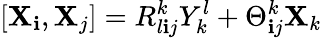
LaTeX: [\mathbf{X}_{\mathbf{i}},\mathbf{X}_{j}]=R_{l\mathbf{i}j}^{k}Y_{k}^{l}+\Theta_{\mathbf{i}j}^{k}\mathbf{X}_{k}